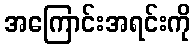
အကြောင်းအရင်းကို